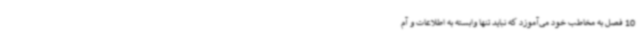
10 فصل به مخاطب خود می‌آموزد که نباید تنها وابسته به اطلاعات و آم